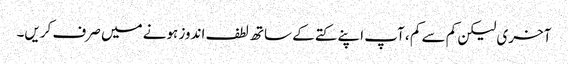
آخری لیکن کم سے کم ، آپ اپنے کتے کے ساتھ لطف اندوز ہونے میں صرف کریں۔